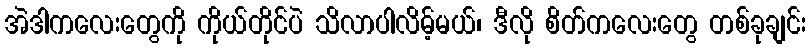
အဲဒါကလေးတွေကို ကိုယ်တိုင်ပဲ သိလာပါလိမ့်မယ်၊ ဒီလို စိတ်ကလေးတွေ တစ်ခုချင်း